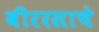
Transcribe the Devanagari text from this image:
वीररसाचे